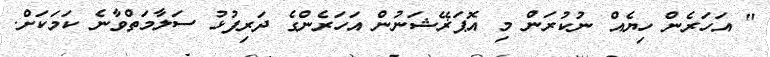
" އަހަރެން ހިޔެއް ނުކުރަން މި އޮޕަޜޭޝަނުން އަހަރެންގެ ދަރިފުޅު ސަލާމަތްވާނެ ކަމަކަށް.